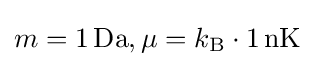
m=1\,{\text{Da}},\mu =k_{\text{B}}\cdot 1\,{\text{nK}}